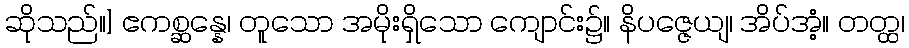
ဆိုသည်။] ဧကစ္ဆန္နေ၊ တူသော အမိုးရှိသော ကျောင်း၌။ နိပဇ္ဇေယျ၊ အိပ်အံ့။ တတ္ထ၊